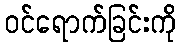
ဝင်ရောက်ခြင်းကို